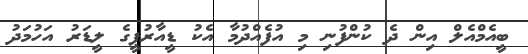
ބީއެމްއެލް އިން ދެ ކުންފުނި މި އުފެއްދުމާ އެކު ޑީއާރުޕީގެ ލީޑަރު އަހުމަދު